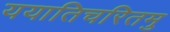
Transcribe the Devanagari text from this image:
ययातिचरितमु